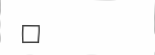
٧